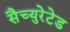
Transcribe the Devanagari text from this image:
सैच्युरेटेड